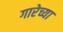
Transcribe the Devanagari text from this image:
गारेच्या